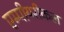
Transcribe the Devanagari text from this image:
एम्पीयरीकल